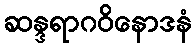
ဆန္ဒရာဂဝိနောဒနံ